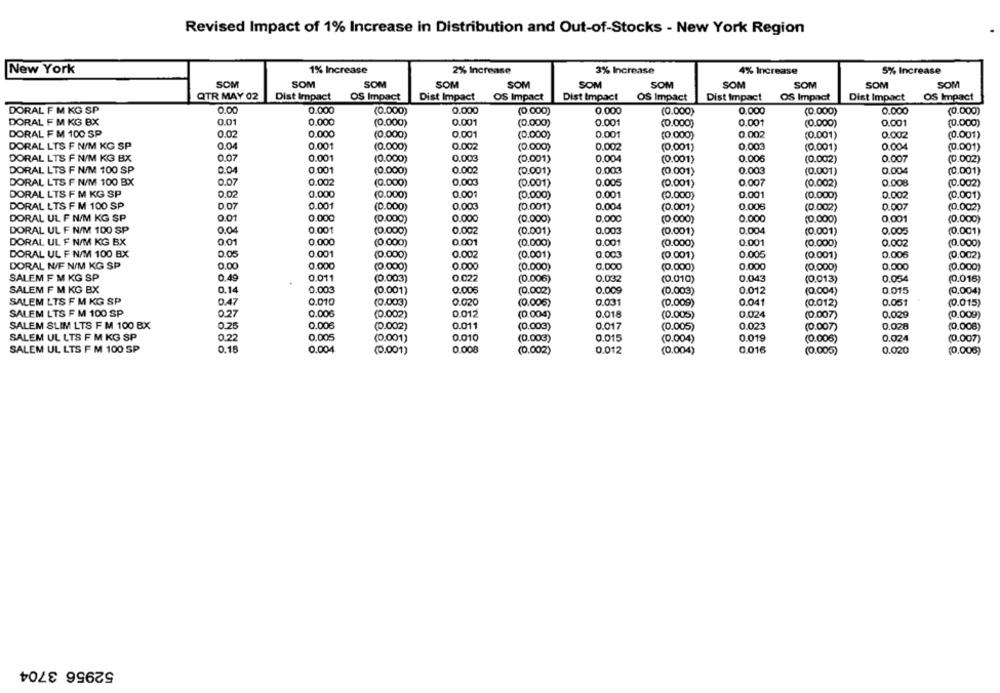
Revised Impact of 1% Increase in Distribution and Out-of-Stocks - New York Region
1% Increase
5% Increase
New York
2% Increase
3% Increase
4% Increase
SOM
SOM
SOM
SOM
SOM
SOM
SOM
SOM
SOM
SOM
SOM
QTR MAY 02
Dist Impact
OS Impact
Dist Impact
OS Impact
Dist Impact
OS Impact
Dist Impact
OS Impact
Dist Impact
OS Impact
DORAL F M KG SP
0.00
0.000
(0.000)
0.000
(0.000)
0.000
(0.000)
0.000
0.000
(0.000)
(0.000)
DORAL F M KG BX
0.01
0.000
(0.000)
0.001
(0.000)
0.001
(0.000)
0.001
(0.000)
0.001
(0.000)
DORAL F M 100 SP
0.02
0.000
(0.000)
0.001
(0.000)
0.001
(0.000)
0.002
(0.001)
0.002
(0.001)
DORAL LTS F N/M KG SP
0.04
0.001
0.002
0.004
(0.000)
(0.000)
0.002
(0.001)
0.003
(0.001)
(0.001)
DORAL LTS F N/M KG BX
0.07
0.001
(0.000)
0.003
(0.001)
0.004
(0.001)
0.006
(0.002)
0.007
(0.002)
DORAL LTS F N/M 100 SP
0.04
0.001
(0.000)
0.002
(0.001)
0.003
(0.001)
0.003
(0.001)
0.004
(0.001)
DORAL LTS F N/M 100 BX
0.07
0.002
(0.000)
0,003
(0.001)
0.005
(0.001)
0.007
(0.002)
0.008
(0.002)
DORAL LTS F M KG SP
0.02
0.000
0.001
0.001
0.001
0.002
(0.000)
(0.000)
(0.000)
(0.000)
(0.001)
DORAL LTS F M 100 SP
0 07
0.001
(0.000)
0.003
(0.001)
0.004
(0.001)
0.006
(0.002)
0.007
(0.002)
DORAL UL F N/M KG SP
0.01
0.000
(0.000)
0.000
(0.000)
0.000
(0.000)
0.000
(0.000)
0.001
(0.000)
0.001
DORAL UL F N/M 100 SP
0.04
(0.000)
0.002
(0.001)
0.003
(0.001)
0.004
(0.001)
0.005
(0.001)
DORAL UL F N/M KG BX
001
0.000
(0.000)
0.001
(0.000)
0.001
(0.000)
0.001
(0.000)
0.002
(0.000)
DORAL UL F N/M 100 BX
0.05
0.001
(0.000)
0.002
(0.001)
0.003
(0.001)
0.005
(0.001)
0.006
(0.002)
DORAL N/F N/M KG SP
0.00
0.000
(0.000)
0.000
(0.000)
0.000
(0.000)
0.000
(0.000)
0,000
(0.000)
SALEM F M KG SP
0.49
0.011
0 022
0.032
0.043
(0.003)
(0.006)
(0.010)
(0.013)
0.054
(0.016)
SALEM F M KG BX
0.14
0.003
(0.001)
0.006
(0.002)
0.009
(0.003)
0.012
(0.004)
0.015
(0.004)
SALEM LTS F M KG SP
0.47
0.010
(0.003)
0.020
(0.006)
0.031
(0.009)
0.041
(0.012)
0.051
(0.015)
SALEM LTS F M 100 SP
0.27
0,00€
(0.002)
0.012
(0.004)
0.018
(0.005)
0.024
(0.007)
0.029
(0.009)
SALEM SLIM LTS F M 100 BX
0.25
0.006
(0.002)
0.011
(0.003)
0.017
(0.005)
0.023
(0.007)
0.028
(0.008)
SALEM UL LTS F M KG SP
0.22
0.005
(0.001)
0.010
(0.003)
0.015
(0.004)
0.019
(0.006)
0.024
(0.007)
SALEM UL LTS F M 100 SP
0.18
0.004
(0.001)
0.008
(0.002)
0.012
(0.004)
0.016
(0.005)
0.020
(0.006)
52956 3704